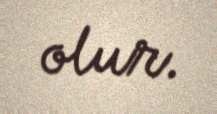
olur.